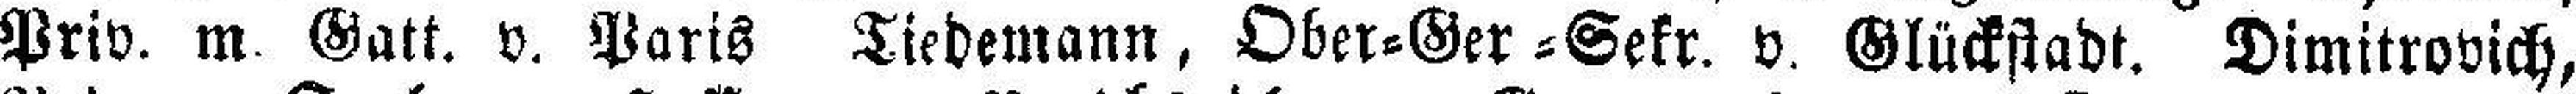
Priv. m. Gatt. v. Paris Tiedemann, Ober=Ger=Sekr. v. Glückstadt. Dimitrovich,